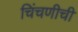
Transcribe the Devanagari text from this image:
चिंचणीची